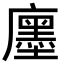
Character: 𢋨